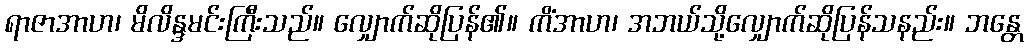
ရာဇာအာဟ၊ မိလိန္ဒမင်းကြီးသည်။ လျှောက်ဆိုပြန်၏။ ကိံအာဟ၊ အဘယ်သို့လျှောက်ဆိုပြန်သနည်း။ ဘန္တေ